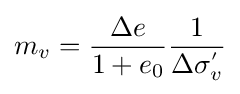
m_{v}={\frac {\Delta e}{1+e_{0}}}{\frac {1}{\Delta \sigma _{v}^{'}}}